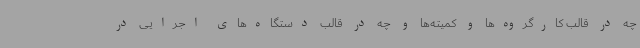
چه در قالب کارگروه‌ها و کمیته‌ها و چه در قالب دستگاه‌های اجرایی در